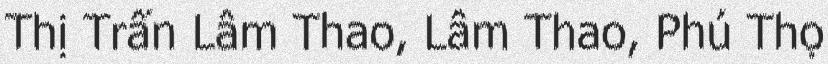
Thị Trấn Lâm Thao, Lâm Thao, Phú Thọ